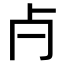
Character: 𣦵